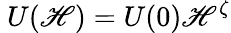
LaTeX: \ U(\mathscr{H})=U(0)\mathscr{H}^{\zeta}